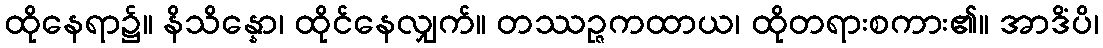
ထိုနေရာ၌။ နိသိန္နော၊ ထိုင်နေလျှက်။ တဿဉ္ဇကထာယ၊ ထိုတရားစကား၏။ အာဒိံပိ၊